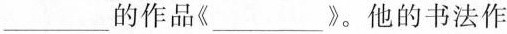
___的作品《____》。他的书法作